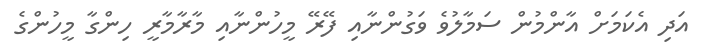
އަދި އެކަމަށް އާންމުން ސަމާލުވެ ވަގުންނާއި ފޭރޭ މީހުންނާއި މާރާމާރީ ހިންގާ މީހުންގެ